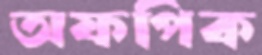
অফপিক